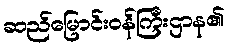
ဆည်မြောင်းဝန်ကြီးဌာန၏